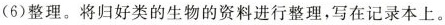
(6)整理。将归好类的生物的资料进行整理，写在记录本上。